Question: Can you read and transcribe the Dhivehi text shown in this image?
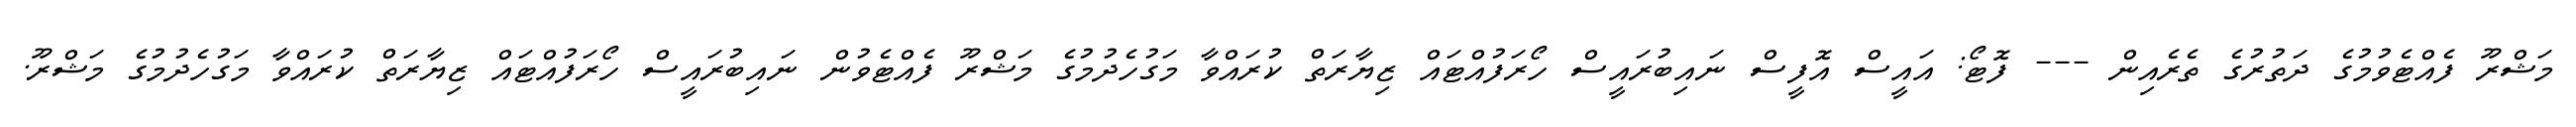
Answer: މަޝްރޫ ފެއްޓެވުމުގެ ދަތުރުގެ ތެރެއިން --- ފޮޓޯ: އައީސް އޮފީސް ނައިބުރައީސް ހޯރަފުއްޓައް ޒިޔާރަތް ކުރައްވާ މަގުހެދުމުގެ މަޝްރޫ ފެއްޓެވުން ނައިބުރައީސް ހޯރަފުއްޓައް ޒިޔާރަތް ކުރައްވާ މަގުހެދުމުގެ މަޝްރޫ.